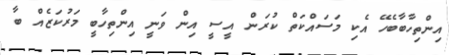
އިންތިހާބާބެހޭ އެކި މަސައްކަތް ކުރަން އީސީ އިން ވަނީ އިންތިހާބީ މަރުކަޒެއް ބާ